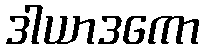
ဒါယာဒကော